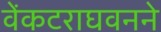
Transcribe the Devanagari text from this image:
वेंकटराघवनने